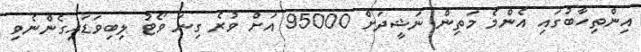
އިންތިހާބުގައި އެންމެ މަތިން ނަޝީދަށް 95000 އަށް ވުރެ ގިނަ ވޯޓު ލިބިވަޑައިގެންނެވި